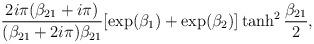
LaTeX: \begin{align*}{2i\pi (\beta_{21}+i\pi )\over (\beta_{21}+2i\pi )\beta_{21} }[\exp (\beta_1)+\exp (\beta_2)]\tanh^2{\beta_{21}\over 2},\end{align*}